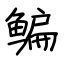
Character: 鳊